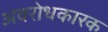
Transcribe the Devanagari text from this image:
अवरोधकारक